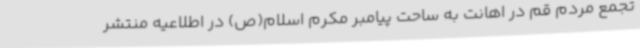
تجمع مردم قم در اهانت به ساحت پیامبر مکرم اسلام(ص) در اطلاعیه منتشر